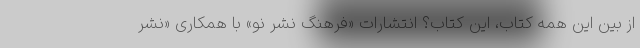
از بین این همه کتاب، این کتاب؟ انتشارات «فرهنگ نشر نو» با همکاری «نشر